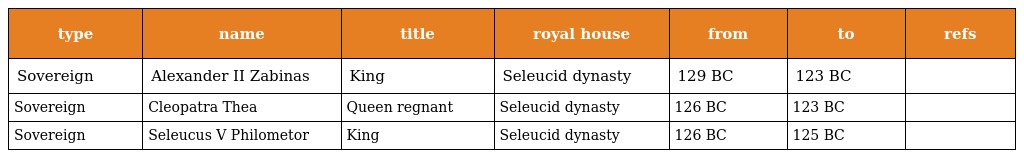
| type | name | title | royal house | from | to | refs |
 | --- | --- | --- | --- | --- | --- | --- |
 | Sovereign | Alexander II Zabinas | King | Seleucid dynasty | 129 BC | 123 BC |  |
 | Sovereign | Cleopatra Thea | Queen regnant | Seleucid dynasty | 126 BC | 123 BC |  |
 | Sovereign | Seleucus V Philometor | King | Seleucid dynasty | 126 BC | 125 BC |  |